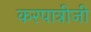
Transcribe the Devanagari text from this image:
करपात्रीजी